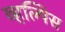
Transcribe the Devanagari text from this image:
व्हल्पिस